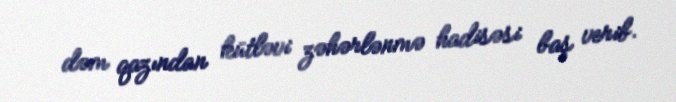
dəm qazından kütləvi zəhərlənmə hadisəsi baş verib.